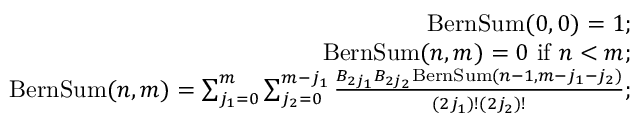
\begin{array} { r l r } & { } & { \mathrm { B e r n S u m } ( 0 , 0 ) = 1 ; } \\ & { } & { \mathrm { B e r n S u m } ( n , m ) = 0 \mathrm { ~ i f ~ } n < m ; } \\ & { } & { \mathrm { B e r n S u m } ( n , m ) = \sum _ { j _ { 1 } = 0 } ^ { m } \sum _ { j _ { 2 } = 0 } ^ { m - j _ { 1 } } \frac { B _ { 2 j _ { 1 } } B _ { 2 j _ { 2 } } \mathrm { B e r n S u m } ( n - 1 , m - j _ { 1 } - j _ { 2 } ) } { ( 2 j _ { 1 } ) ! ( 2 j _ { 2 } ) ! } ; } \end{array}